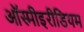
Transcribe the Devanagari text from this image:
ऑस्मीइरीडियम